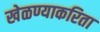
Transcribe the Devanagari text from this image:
खेळण्याकरिता